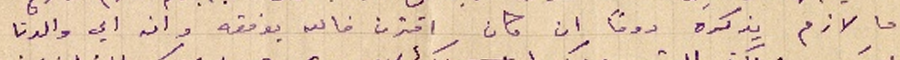
ما لازم يذكره دوماً ان كان اقترن فالله يوفقه وانه اي والدنا